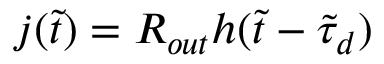
j ( \tilde { t } ) = R _ { o u t } h ( \tilde { t } - \tilde { \tau } _ { d } )